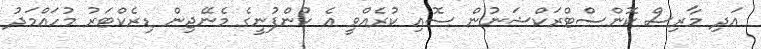
އަދި މާރިސް ކޮންސްޓްރަކްޝަނުން ސޮއި ކުރެއްވީ އެ ކުންފުނީގެ މެނޭޖިން ޑިރެކްޓަރު މުހައްމަދު